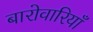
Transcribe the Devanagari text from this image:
बारोवारियाँ